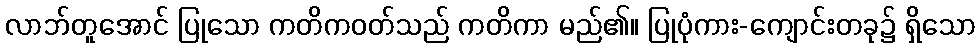
လာဘ်တူအောင် ပြုသော ကတိကဝတ်သည် ကတိကာ မည်၏။ ပြုပုံကား-ကျောင်းတခု၌ ရှိသော